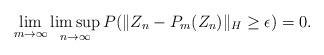
LaTeX: \begin{align*} \lim_{m\rightarrow \infty} \limsup_{n\rightarrow \infty} P(\|Z_n-P_m(Z_n)\|_H\geq \epsilon)=0.\end{align*}